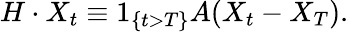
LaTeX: H\cdot X_{t}\equiv 1_{\{ t>T\} }A(X_{t}-X_{T}).